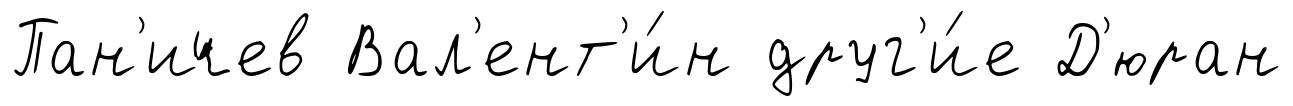
Пан'ичев Вал'ент'и́н друг'и́е Д'юран